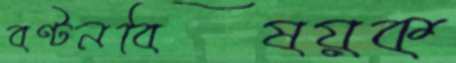
বণ্টনবিষয়ক